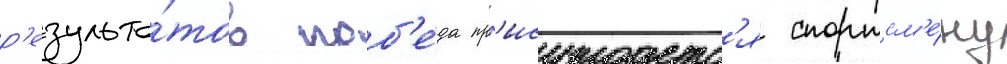
р'езульта́тов поб'е́да пр'исуждаетс'я спортсм'е́ну